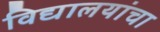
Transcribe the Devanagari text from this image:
विद्यालयांचा